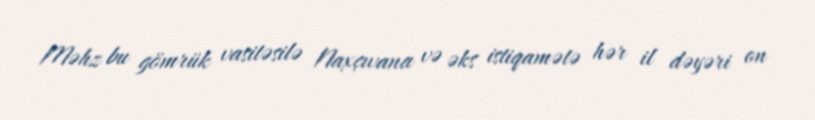
Məhz bu gömrük vasitəsilə Naxçıvana və əks istiqamətə hər il dəyəri on